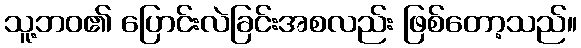
သူ့ဘဝ၏ ပြောင်းလဲခြင်းအစလည်း ဖြစ်တော့သည်။